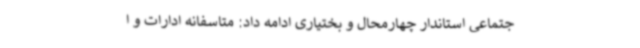
جتماعی استاندار چهارمحال و بختیاری ادامه داد: متاسفانه ادارات و ا